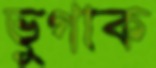
ভুগাক